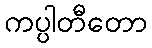
ကပ္ပါတီတော